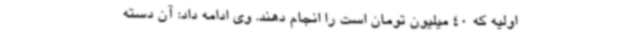
اولیه که 40 میلیون تومان است را انجام دهند. وی ادامه داد: آن دسته